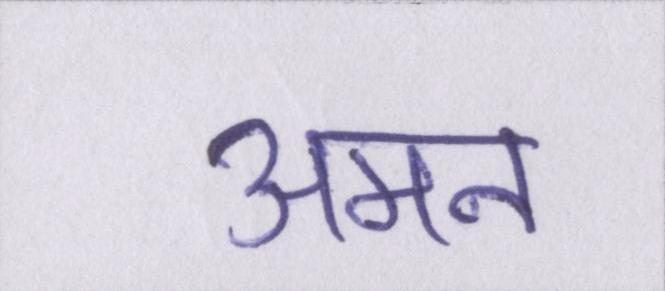
अमन